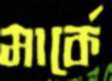
মার্কে